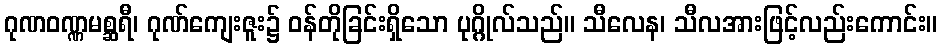
ဂုဏဝဏ္ဏမစ္ဆရီ၊ ဂုဏ်ကျေးဇူး၌ ဝန်တိုခြင်းရှိသော ပုဂ္ဂိုလ်သည်။ သီလေန၊ သီလအားဖြင့်လည်းကောင်း။